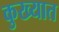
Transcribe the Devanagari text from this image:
कुख्‍यात